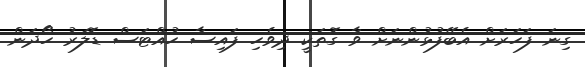
ގިނަ ފަހަރަށް އެބޭފުޅުންނަށް ވާ ގޮތަކީ ދިވެހި ފައިސާ ހުއްޓަސް ޑޮލަރު ހޯދަން